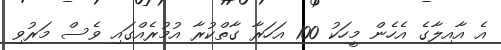
އެ އާއިލާގެ އެހެން މީހަކު 100 އަހަރާ ގާތްކުރާ އުމުރެއްގައި ވެސް މަރުވި